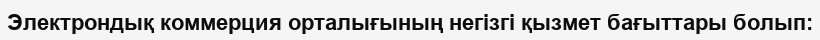
Электрондық коммерция орталығының негізгі қызмет бағыттары болып: